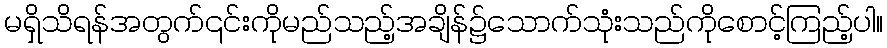
မရှိသိရန်အတွက်၎င်းကိုမည်သည့်အချိန်၌သောက်သုံးသည်ကိုစောင့်ကြည့်ပါ။